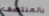
بالمنتصف